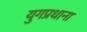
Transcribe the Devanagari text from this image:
युगप्रधाना